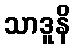
သာဒူနိ